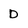
Character: D